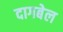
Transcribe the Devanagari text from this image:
दागबेल